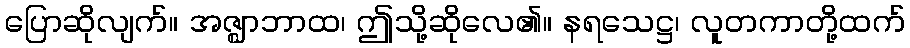
ပြောဆိုလျက်။ အဇ္ဈာဘာထ၊ ဤသို့ဆိုလေ၏။ နရသေဋ္ဌ၊ လူတကာတို့ထက်